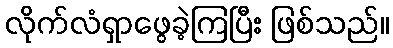
လိုက်လံရှာဖွေခဲ့ကြပြီး ဖြစ်သည်။